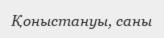
Қоныстануы, саны